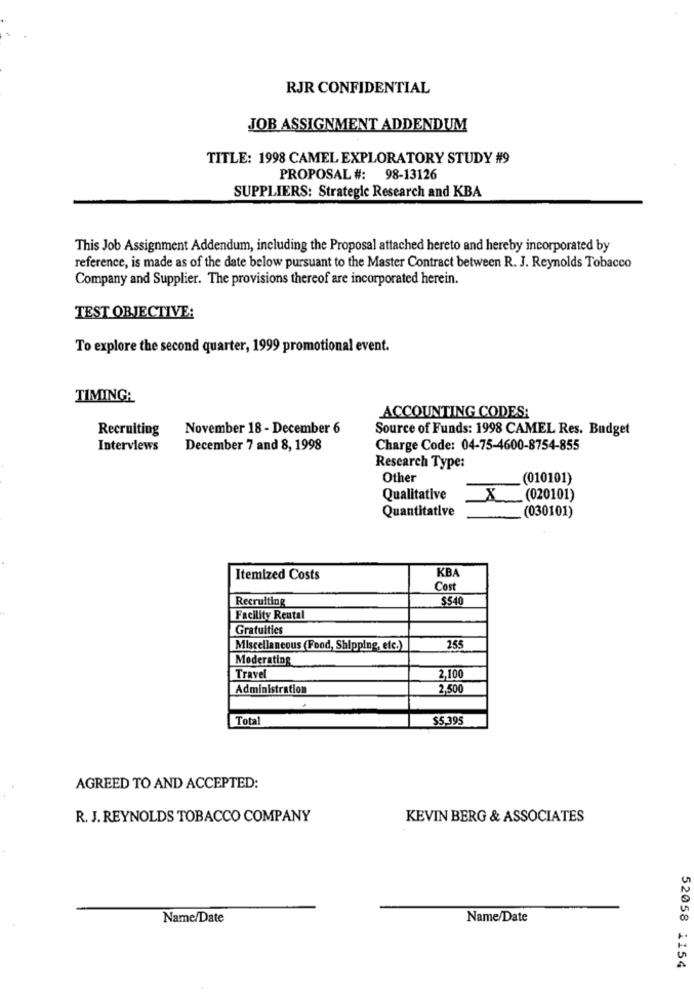
RJR CONFIDENTIAL
JOB ASSIGNMENT ADDENDUM
TITLE: 1998 CAMEL EXPLORATORY STUDY #9
PROPOSAL #: 98-13126
SUPPLIERS: Strategic Research and KBA
This Job Assignment Addendum, including the Proposal attached hereto and hereby incorporated by
reference, is made as of the date below pursuant to the Master Contract between R. J. Reynolds Tobacco
Company and Supplier. The provisions thereof are incorporated herein.
TEST OBJECTIVE:
To explore the second quarter, 1999 promotional event.
TIMING:
ACCOUNTING CODES:
Recruiting
November 18 - December 6
Source of Funds: 1998 CAMEL Res. Budget
Interviews
December 7 and 8, 1998
Charge Code: 04-75-4600-8754-855
Research Type:
Other
(010101)
Qualitative
X (020101)
Quantitative
(030101)
KBA
Itemized Costs
Cost
Recruiting
$540
Facility Reutal
Gratuities
Miscellaneous (Food, Shipping, etc.)
155
Moderating
Travel
2,100
Administration
2,500
Total
$5,395
AGREED TO AND ACCEPTED:
R. J. REYNOLDS TOBACCO COMPANY
KEVIN BERG & ASSOCIATES
Name/Date
Name/Date
52058 1154